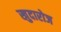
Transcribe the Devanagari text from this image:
खुदारोज